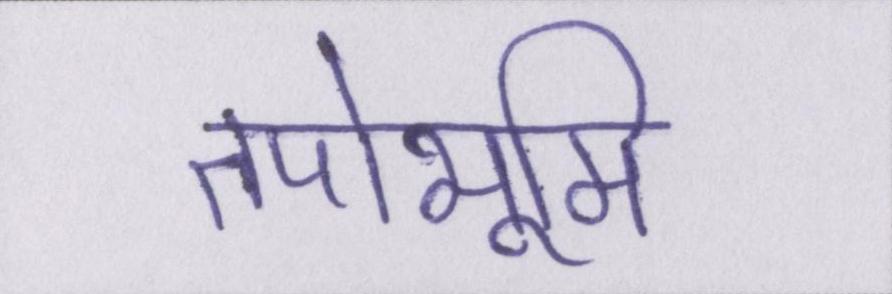
तपोभूमि